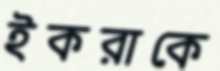
ইকরাকে